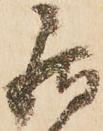
居